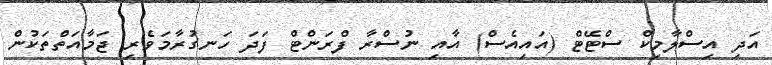
އަދި އިސްލާމިކް ސްޓޭޓް (އައިއެސް) އާއި ނުސްރާ ފްރަންޓް ފަދަ ހަނގުރާމަވެރި ޖަމާއަތްތަކުން